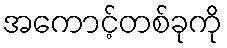
အကောင့်တစ်ခုကို